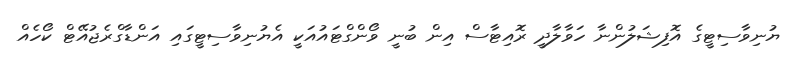
ޔުނިވާސިޓީގެ އޮފިޝަލުންނާ ހަވާލާދީ ރޮއިޓާސް އިން ބުނީ ވޯންގްޓައުއަކީ އެޔުނިވާސިޓީގައި އަންޑާގްރެޖުއޭޓް ކޯހެއް